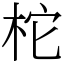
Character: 柁